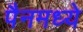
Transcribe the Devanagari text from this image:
पैनमध्ये